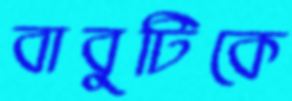
বাবুটিকে